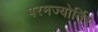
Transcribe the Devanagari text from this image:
परमज्‍योर्तिर